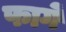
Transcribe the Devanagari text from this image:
फागें